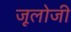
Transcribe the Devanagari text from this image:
जूलोजी